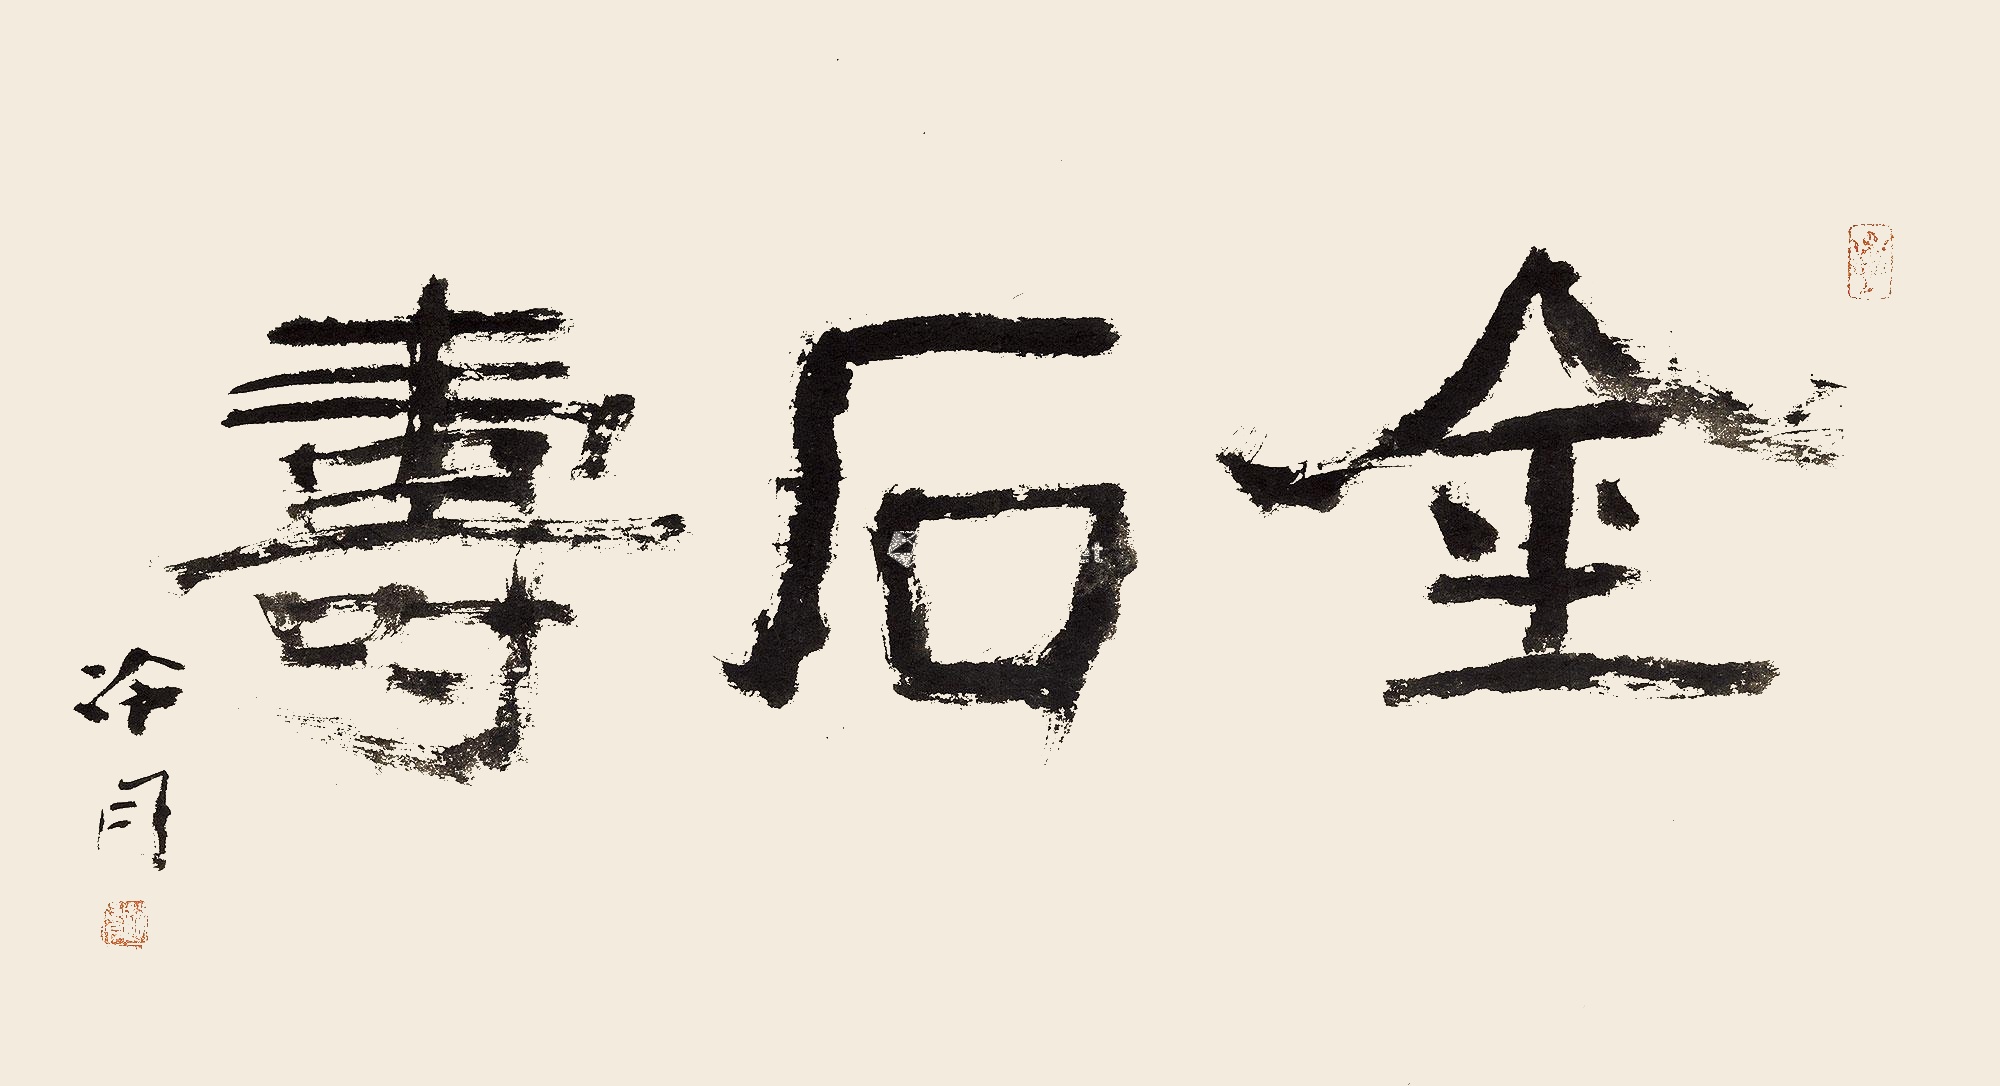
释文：金石寿冷月